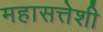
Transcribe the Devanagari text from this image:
महासत्तेशी